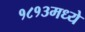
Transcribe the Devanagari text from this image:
१८१३मध्ये